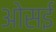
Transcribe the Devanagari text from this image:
ओसई